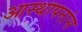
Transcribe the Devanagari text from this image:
आस्थापनांस